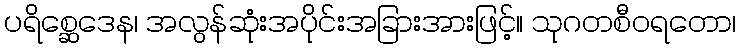
ပရိစ္ဆေဒေန၊ အလွန်ဆုံးအပိုင်းအခြားအားဖြင့်။ သုဂတစီဝရတော၊